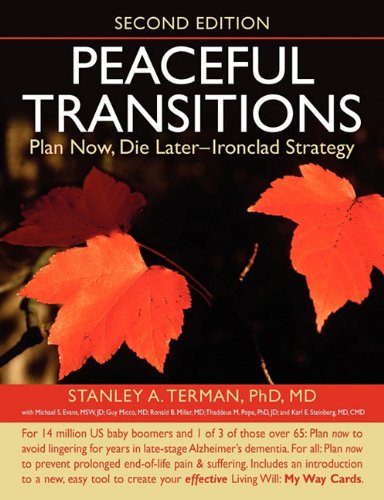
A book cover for Peaceful Transitions: Plan Now, Die Later--Ironclad Strategy; Stanley A. Terman PhD MD; Health, Fitness & Dieting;